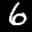
Label: 6